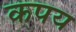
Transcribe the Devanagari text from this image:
कपय